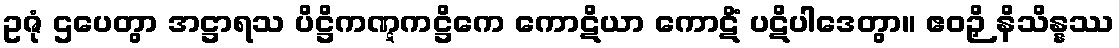
ဥဇုံ ဌပေတွာ အဋ္ဌာရသ ပိဋ္ဌိကဏ္ဋကဋ္ဌိကေ ကောဋိယာ ကောဋိံ ပဋိပါဒေတွာ။ ဧဝဉှိ နိသိန္နဿ